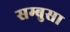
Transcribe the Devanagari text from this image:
सम्बुसा